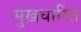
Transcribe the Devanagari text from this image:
मुखधारित